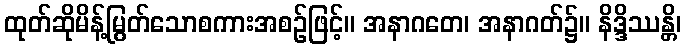
ထုတ်ဆိုမိန့်မြွတ်သောစကားအစဉ်ဖြင့်။ အနာဂတေ၊ အနာဂတ်၌။ နိဒ္ဒိဿန္တိ၊